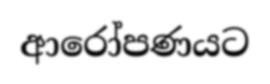
ආරෝපණයට